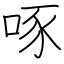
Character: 啄